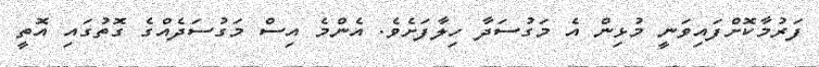
ފަރުމާކޮށްފައިވަނީ މުޅިން އެ މަގުސަދާ ހިލާފަށެވެ. އެންމެ އިސް މަގުސަދެއްގެ ގޮތުގައި އޮތީ